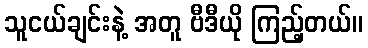
သူငယ်ချင်းနဲ့ အတူ ဗီဒီယို ကြည့်တယ်။